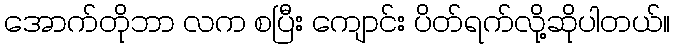
အောက်တိုဘာ လက စပြီး ကျောင်း ပိတ်ရက်လို့ဆိုပါတယ်။